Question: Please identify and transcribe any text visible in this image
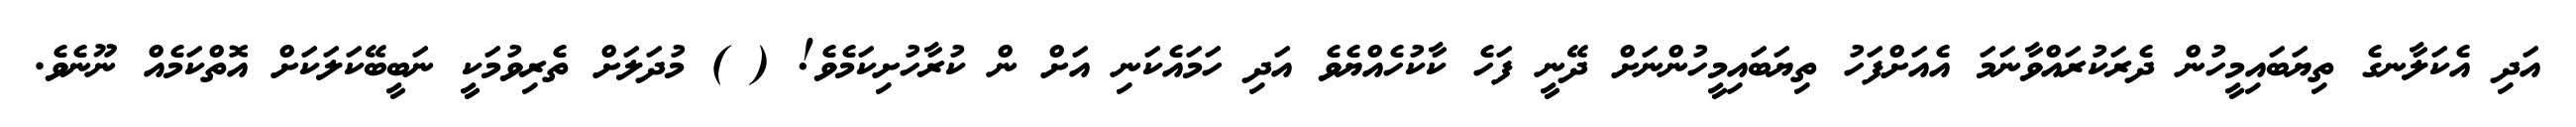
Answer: އަދި އެކަލާނގެ ތިޔަބައިމީހުން ދެރަކުރައްވާނަމަ އެއަށްފަހު ތިޔަބައިމީހުންނަށް ދޭނީ ފަހެ ކާކުހެއްޔެވެ އަދި ހަމައެކަނި އަށް ން ކުރާހުށިކަމެވެ! ( ) މުދަލަށް ތެރިވުމަކީ ނަބީބޭކަލަކަށް އޮތްކަމެއް ނޫނެވެ.